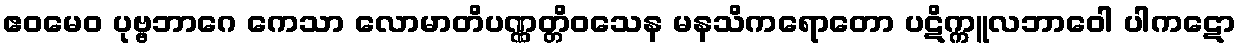
ဧဝမေဝ ပုဗ္ဗဘာဂေ ကေသာ လောမာတိပဏ္ဏတ္တိဝသေန မနသိကရောတော ပဋိက္ကူလဘာဝေါ ပါကဋော